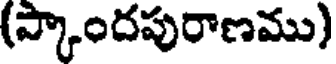
(ప్కాందపురాణము)